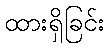
ထားရှိခြင်း